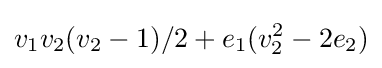
v_{1}v_{2}(v_{2}-1)/2+e_{1}(v_{2}^{2}-2e_{2})